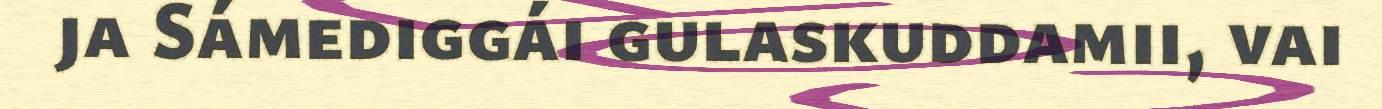
ja Sámediggái gulaskuddamii, vai